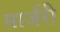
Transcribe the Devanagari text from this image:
मार्जरी